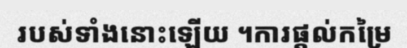
របស់ទាំងនោះឡើយ ។ការផ្តល់កម្រៃ